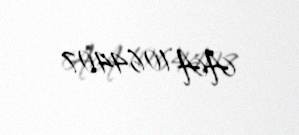
AA 1064407